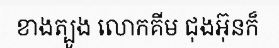
ខាងត្បូង លោកគីម ជុងអ៊ុនក៏